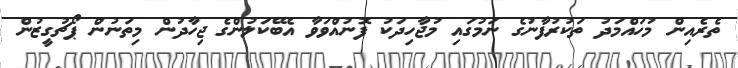
ތެރެއިން މުހައްމަދު ތަކުރުފާނުގެ ނަމުގައި މުޖާހިދަކު ފޮނުއްވަވާ އެބޭކަލުންގެ ޖިހާދުން މިތަނުން ޕޯޗުގީޒުން